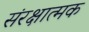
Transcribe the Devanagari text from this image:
संरक्षात्मक